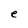
Character: e